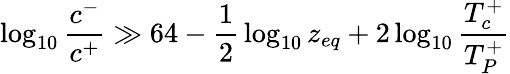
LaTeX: \log_{10}{\frac{c^{-}}{c^{+}}}\gg 64-{\frac{1}{2}}\log_{10}z_{eq}+2\log_{10}{\frac{T_{c}^{+}}{T_{P}^{+}}}